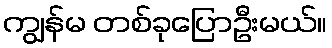
ကျွန်မ တစ်ခုပြောဦးမယ်။